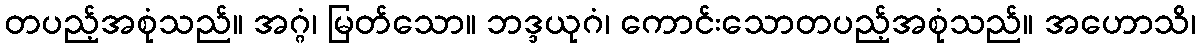
တပည့်အစုံသည်။ အဂ္ဂံ၊ မြတ်သော။ ဘဒ္ဒယုဂံ၊ ကောင်းသောတပည့်အစုံသည်။ အဟောသိ၊